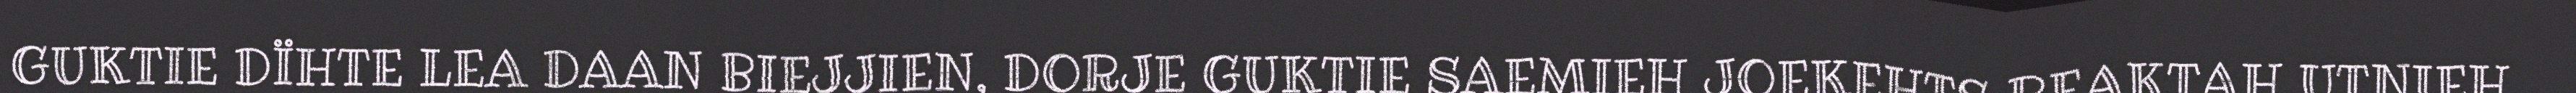
GUKTIE DÏHTE LEA DAAN BIEJJIEN, DORJE GUKTIE SAEMIEH JOEKEHTS REAKTAH UTNIEH